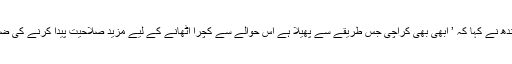
وزیراعلیٰ سندھ نے کہا کہ ’ ابھی بھی کراچی جس طریقے سے پھیلا ہے اس حوالے سے کچرا اٹھانے کے لیے مزید صلاحیت پیدا کرنے کی ضرورت ہے‘۔